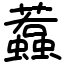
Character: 蠚